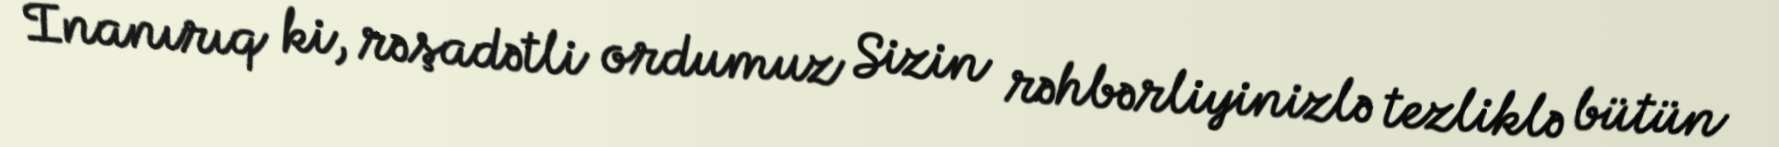
İnanırıq ki, rəşadətli ordumuz Sizin rəhbərliyinizlə tezliklə bütün